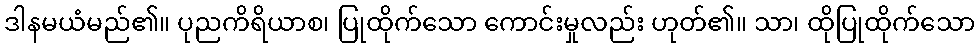
ဒါနမယံမည်၏။ ပုညကိရိယာစ၊ ပြုထိုက်သော ကောင်းမှုလည်း ဟုတ်၏။ သာ၊ ထိုပြုထိုက်သော